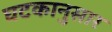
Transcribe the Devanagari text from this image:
घटकानुसार